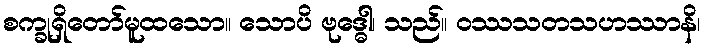
စက္ခုရှိတော်မူထသော။ သောပိ ဗုဒ္ဓေါ၊ သည်။ ဝဿသတသဟဿာနိ၊